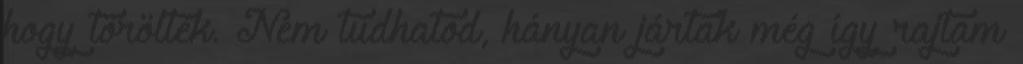
hogy törölték. Nem tudhatod, hányan jártak még így rajtam